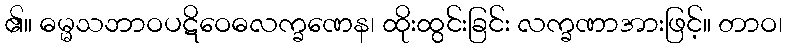
၏။ ဓမ္မသဘာဝပဋိဝေဓလက္ခဏေန၊ ထိုးထွင်းခြင်း လက္ခဏာအားဖြင့်။ တာဝ၊